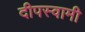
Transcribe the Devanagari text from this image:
दीपस्वामी